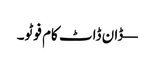
— ڈان ڈاٹ کام فوٹو۔